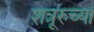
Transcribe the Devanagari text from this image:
शत्रूरुच्या